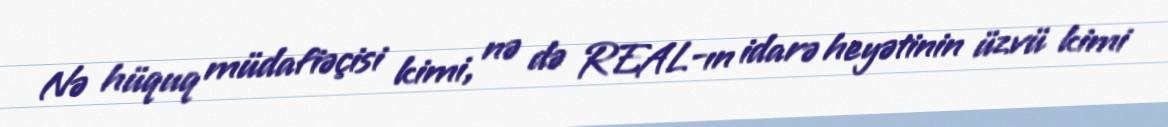
Nə hüquq müdafiəçisi kimi, nə də REAL-ın idarə heyətinin üzvü kimi